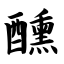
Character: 醺